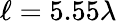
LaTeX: \ell=5.55\lambda